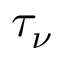
\tau _ { \nu }